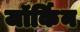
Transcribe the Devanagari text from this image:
जॉर्किन